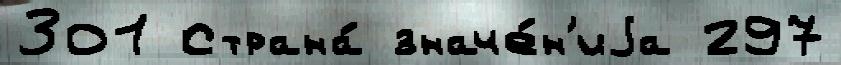
301 Страна́ значе́н'иjа 297